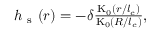
\begin{array} { r } { h _ { \mathrm { ~ s ~ } } ( r ) = - \delta \frac { \mathrm { K } _ { 0 } ( r / l _ { c } ) } { \mathrm { K } _ { 0 } ( R / l _ { c } ) } , } \end{array}